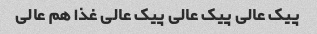
پیک عالی پیک عالی پیک عالی غذا هم عالی